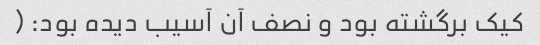
کیک برگشته بود و نصف آن آسیب دیده بود: (